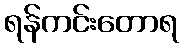
ရန်ကင်းတောရ